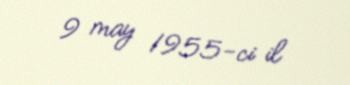
9 may 1955-ci il